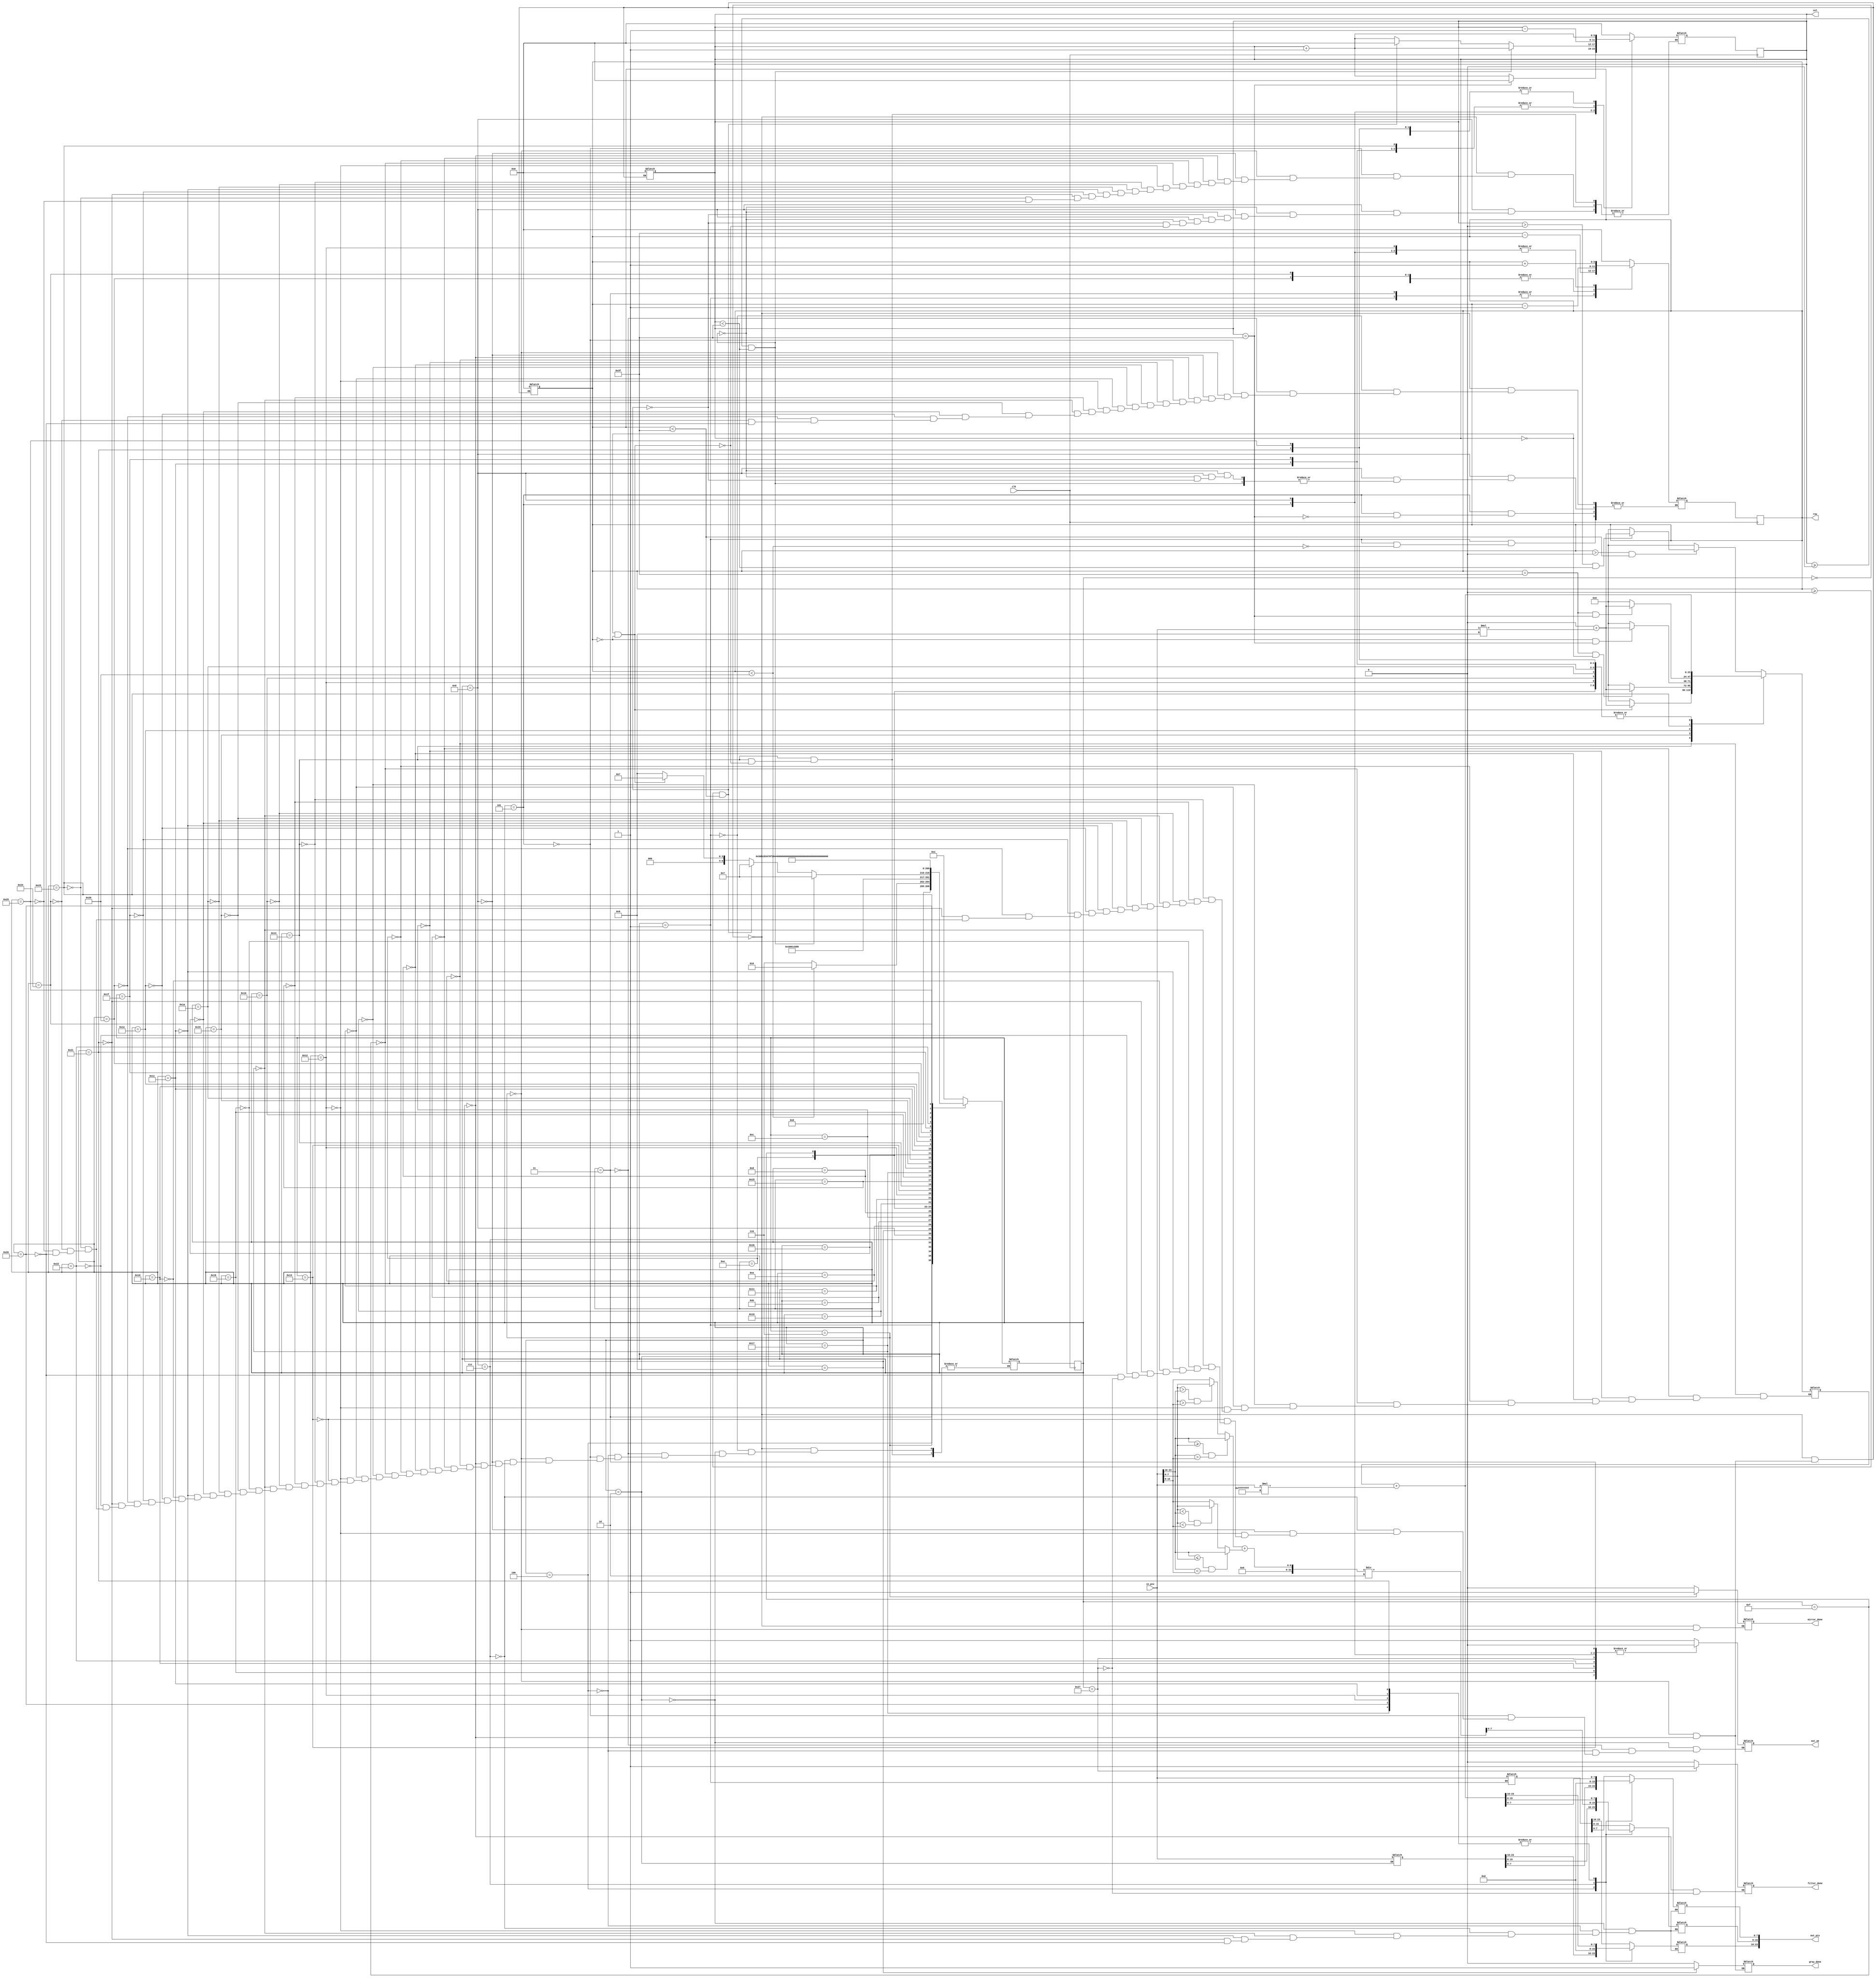
`timescale 1ns / 1ps

module process(
    input clk,               // clock
    input [23:0] in_pix,     // value of the pixel at position [in_row, in_col] in the input image (R 23:16; G 15:8; B 7:0)
    output reg [5:0] row,     // selects a row and column in the image
    output reg [5:0] col,     // activates writing for the output image (write enable)
    output reg out_we,        // activates writing for the output image (write enable)
    output reg [23:0] out_pix, // value of the pixel that will be written to the output image at position [out_row, out_col] (R 23:16; G 15:8; B 7:0)
    output reg mirror_done,    // signals the completion of the mirroring operation (active on 1)
    output reg gray_done,     // signals the completion of the grayscale conversion operation (active on 1)
    output reg filter_done    // signals the completion of the application of the sharpness filter (active on 1)
);

// TODO add your finite state machines here


//state si next state au aceasta dimensiune(dimenisiune de 2^6 stari), deoarece m-am folosit de 39 de stari
reg [6:0] state = 0;
reg [6:0] next_state = 0;
reg [5:0] next_col, next_row; //au aceeasi dimensiune ca row, respectiv col
reg [23:0] aux1 = 0, aux2 = 0, suma = 0; //auxiliari folositi pentru salvarea valorilor
reg [7:0] red, green, blue; //
reg [7:0] max, min, gray_medie; //variabilele folosite pentru determinarea maximului, minimului si a mediei din cerinta cu grayscale

//starile utilizate pentru cerinta cu mirror
parameter S0 = 0;
parameter S1 = 1;
parameter S2 = 2;
parameter S3 = 3;
parameter S4 = 4;
parameter S5 = 5;
parameter S6 = 6;

//starile utilizate pentru cerinta cu grayscale
parameter S7 = 7;
parameter S8 = 8;
parameter S9 = 9;

//starile utilizate pentru cerinta cu sharpness
parameter S10 = 10;
parameter S11 = 11;
parameter S12 = 12;
parameter S13 = 13;
parameter S14 = 14;
parameter S15 = 15;
parameter S16 = 16;
parameter S17 = 17;
parameter S18 = 18;
parameter S19 = 19;
parameter S20 = 20;
parameter S21 = 21;
parameter S22 = 22;
parameter S23 = 23;
parameter S24 = 24;
parameter S25 = 25;
parameter S26 = 26;
parameter S27 = 27;
parameter S28 = 28;
parameter S29 = 29;
parameter S30 = 30;
parameter S31 = 31;
parameter S32 = 32;
parameter S33 = 33;
parameter S34 = 34;
parameter S35 = 35;
parameter S36 = 36;
parameter S37 = 37;
parameter S38 = 38;
parameter S39 = 39;


always @(posedge clk) begin
    state <= next_state;
    col <= next_col; //folosit pt actualizarea coloanei/randului pe un semnal de ceas pozitiv
    row <= next_row;
end

always @(*) begin
    case(state)
        S0: begin
            col = 0;
            row = 0;
            next_row = row;
            next_col = col;
            mirror_done = 0;
            next_state = S1;
            end
       
        S1: begin
            aux1 = in_pix; //salvez in variabila auxiliara valoarea pixelului pe care sunt(col - 0, row - 8)
            if (row < 32) begin //conditie pentru row care determina ce elementele din prima jumatate de valori a coloanei x, respectiv din a doua jumatate de valori,se interschimba intre ele
                next_row = 63 - row;
                next_state = S2;
            end else begin
            next_state = S6; //daca row are valoarea mai mare de jumatatea numarului de randuri, insemana ca interschimbarea a avut deja loc
            end
            end
 
        S2: begin
            out_we = 1;
            out_pix = aux1; //out_we = 1 -> folosit pentru scrierea lui out_pix(ia valoarea auxiliarului aux1)
            aux2 = in_pix; //introduc in aux2 valoarea pixelului curent(care se afla in a doua jumatate de valori a coloanei)
            next_state = S3;
            end
 
        S3: begin
            out_we = 0; //la starea urmatoare out_we devinde 0
            next_row = 63 - row;
            next_state = S4;
            end
 
        S4: begin
            out_we = 1; //scriu un pixel in imaginea prelucrata(dureaza un ciclu de ceas)
            out_pix = aux2;
            next_state = S5;
            end

        S5: begin
            out_we = 0;
            if (col == 63) begin //daca am ajuns la finalul randuli, pe ultima coloana continui parcurgerea in jos(pe randuri) a acesteia
                next_row = row + 1;
                next_col = 0;
            end else begin
            next_col = col + 1; //daca nu am ajuns pe ultima coloana, indexul coloanei se incrementeaza si continui procesul
            end
            next_state = S1;
            end
 
        S6: begin
            mirror_done = 1; //se incheie prelucrarii mirrorul
            red = 0;
            green = 0;
            blue = 0;
            row = 0;
            col = 0;
            next_row = 0;
            next_col = 0;
            gray_done = 0;
            next_state = S7;
            end
 
        S7: begin
            max = 0;
            min = 0;
            red = in_pix[23:16];
            green = in_pix[15:8]; //se extrage ce este pe canalul de culoare al pixelului
            blue = in_pix[7:0];
           
            if (red >= blue && red > green) begin //folosesc if-urile pentru a compara cele 3 canale in vederea obtinerii maximului si a minimului
                max = red;
            end else if (blue > red && blue > green) begin
                max = blue;
            end else begin
                max = green;
            end

            if (red <= blue && red < green) begin
                min = red;
            end else if (blue < red && blue < green) begin
                min = blue;
            end else begin
                min = green;
            end
           
            gray_medie = (max + min) / 2; //dupa calcularea valorii maxime si minime se face media
            out_we = 1;
            out_pix[23:16] = 0;
            out_pix[15:8] = gray_medie; //canalul green primeste valoarea mediei, in timp ce restul sunt setate la valoarea 0
            out_pix[7:0] = 0;
            next_state = S8;
            end
 
        S8: begin
            out_we = 0;
            if(col >= 0 && col < 63) begin
                next_col = col + 1;
                next_state = S7;
            end
            else begin
                if(row >= 0 && row < 63) begin
                next_row = row + 1;
                next_col = 0;
                next_state = S7;
            end
                else begin
                if(col == 0 && row == 0) begin
                next_col = col + 1;
                next_state = S7;
            end
                else begin
                next_state = S9;
                end
                end
                end
            end
        S9: begin
            gray_done = 1;
            row = 0;
            col = 0;
            next_row = row;
            next_col = col;
            filter_done = 0;
            next_state = S10;
				end

        //Cazul general in care matricea de 3x3 se afla in interiorul matricei imaginii
        S10: begin
            suma = 0;

            if (row > 0 && row < 63) begin
                if (col > 0 && col < 63) begin //se verifica daca nu se afla pe marginea imaginii
                    suma = suma + in_pix * 9;
                end
            end
            next_row = row - 1;
            next_state = S11;
            end

        S11: begin
            suma = suma + in_pix * (-1);
            next_col = col + 1;
            next_state = S12;
            end

        S12: begin
            suma = suma + in_pix * (-1);
            next_row = row + 1;
            next_state = S13;
            end

        S13: begin
            suma = suma + in_pix *(-1);
            next_row = row + 1;
            next_state = S14;
            end

        S14: begin
            suma = suma + in_pix *(-1);
            next_col = col - 1;
            next_state = S15;
            end

        S15: begin
            suma = suma + in_pix *(-1);
            next_col = col - 1;
            next_state = S16;
            end

        S16: begin
            suma = suma + in_pix *(-1);
            next_row = row - 1;
            next_state = S17;
            end

        S17: begin
            suma = suma + in_pix *(-1);
            next_row = row - 1;
            next_state = S18;
            end

        S18: begin
            suma = suma + in_pix *(-1);
            next_col = col + 1;
            next_row = row + 1;
            out_we = 1;
            out_pix = suma;
            next_state = S19;
            end

        S19: begin
            out_we = 0;
            next_state = S20;
            end

        //Cazul in care se afla in coltul din stanga sus
        S20:begin
            suma = 0;
            if (row == 0 && col == 0) begin
                suma = suma + in_pix * 9;
                next_col = col + 1;
                next_state = S21;
            end
            end

        S21: begin
            suma = suma + in_pix * (-1);
            next_row = row + 1;
            next_state = S22;
        end

        S22: begin
            suma = suma + in_pix * (-1);
            next_col = col - 1;
            next_state = S23;
            end

        S23: begin
            suma = suma + in_pix * (-1);
            next_row = row - 1;
            out_we = 1;
            out_pix = suma;
            next_state = S24;
            end

        S24: begin
            out_we = 0;
            next_state = 25;
            end
       
        //Cazul in care se afla in coltul din stanga jos
        S25:begin
            suma = 0;
            if (row == 63 && col == 0) begin
					suma = suma + in_pix * 9;
            end
            next_row = row - 1;
            next_state = S26;
            end

        S26: begin
            suma = suma + in_pix * (-1);
            next_col = col + 1;
            next_state = S27;
            end

        S27: begin
            suma = suma + in_pix * (-1);
            next_row = row + 1;
            next_state = S28;
            end

        S28: begin
            suma = suma + in_pix * (-1);
            next_col = col - 1;
            out_we = 1;
            out_pix = suma;
            next_state = S29;
            end

        S29 : begin
            out_we = 0;
            next_state = S30;
            end

        //Cazul in care se afla in coltul din dreapta sus
        S30:begin
            suma = 0;
            if (row == 0 && col == 63) begin
                suma = suma + in_pix * 9;
            end
            next_row = row + 1;
            next_state = S31;
            end

        S31: begin
            suma = suma + in_pix * (-1);
            next_col = col - 1;
            next_state = S32;
            end

        S32: begin
            suma = suma + in_pix * (-1);
            next_row = row - 1;
            next_state = S33;
            end

        S33: begin
            suma = suma + in_pix * (-1);
            next_col = col + 1;
            out_we = 1;
            out_pix = suma;
            next_state = S34;
            end

        S34: begin
            out_we = 0;
            next_state = 35;
            end

        //Cazul in care se afla in coltul din dreapta sus
        S35:begin
            suma = 0;
            if (row == 63 && col == 63) begin
					suma = suma + in_pix * 9;
            end
            next_col = col - 1;
            next_state = S36;
            end

        S36: begin
            suma = suma + in_pix * (-1);
            next_row = row - 1;
            next_state = S37;
            end

        S37: begin
            suma = suma + in_pix * (-1);
            next_col = col + 1;
            next_state = S38;
            end

        S38: begin
            suma = suma + in_pix * (-1);
            next_row = row + 1;
            out_we = 1;
            out_pix = suma;
            next_state = S39;
            end

        S39: begin
            out_we = 0;
            filter_done = 1;
            end
    endcase
    end
endmodule